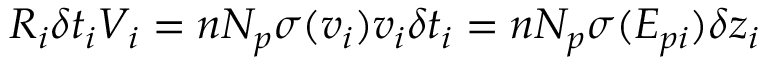
R _ { i } \delta t _ { i } V _ { i } = n N _ { p } \sigma ( { v _ { i } } ) v _ { i } \delta t _ { i } = n N _ { p } \sigma ( E _ { p i } ) \delta z _ { i }